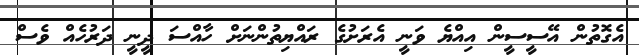
އެގޮތުން އޭސީސީން އިއްޔެ ވަނީ އެރަށުގެ ރައްޔިތުންނަށް ހާއްސަ ދީނީ ދަރުހެއް ވެސް